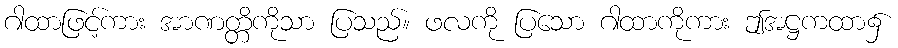
ဂါထာဖြင့်ကား အာဏတ္တိကိုသာ ပြသည်။ ဖလကို ပြသော ဂါထာကိုကား ဤအဋ္ဌကထာ၌